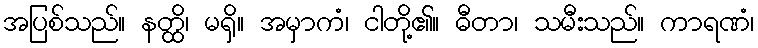
အပြစ်သည်။ နတ္ထိ၊ မရှိ။ အမှာကံ၊ ငါတို့၏။ ဓီတာ၊ သမီးသည်။ ကာရဏံ၊